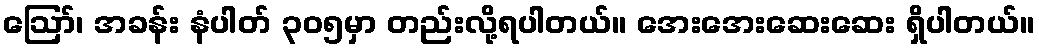
ဪ၊ အခန်း နံပါတ် ၃၀၅မှာ တည်းလို့ရပါတယ်။ အေးအေးဆေးဆေး ရှိပါတယ်။